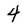
Character: 4